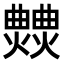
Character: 𤒍